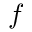
f